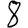
Digit: 8